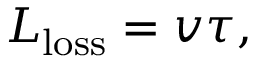
L _ { \mathrm { l o s s } } = v \tau ,